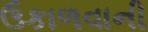
ઉકાળવાની